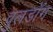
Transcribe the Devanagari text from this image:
वुलडॉग